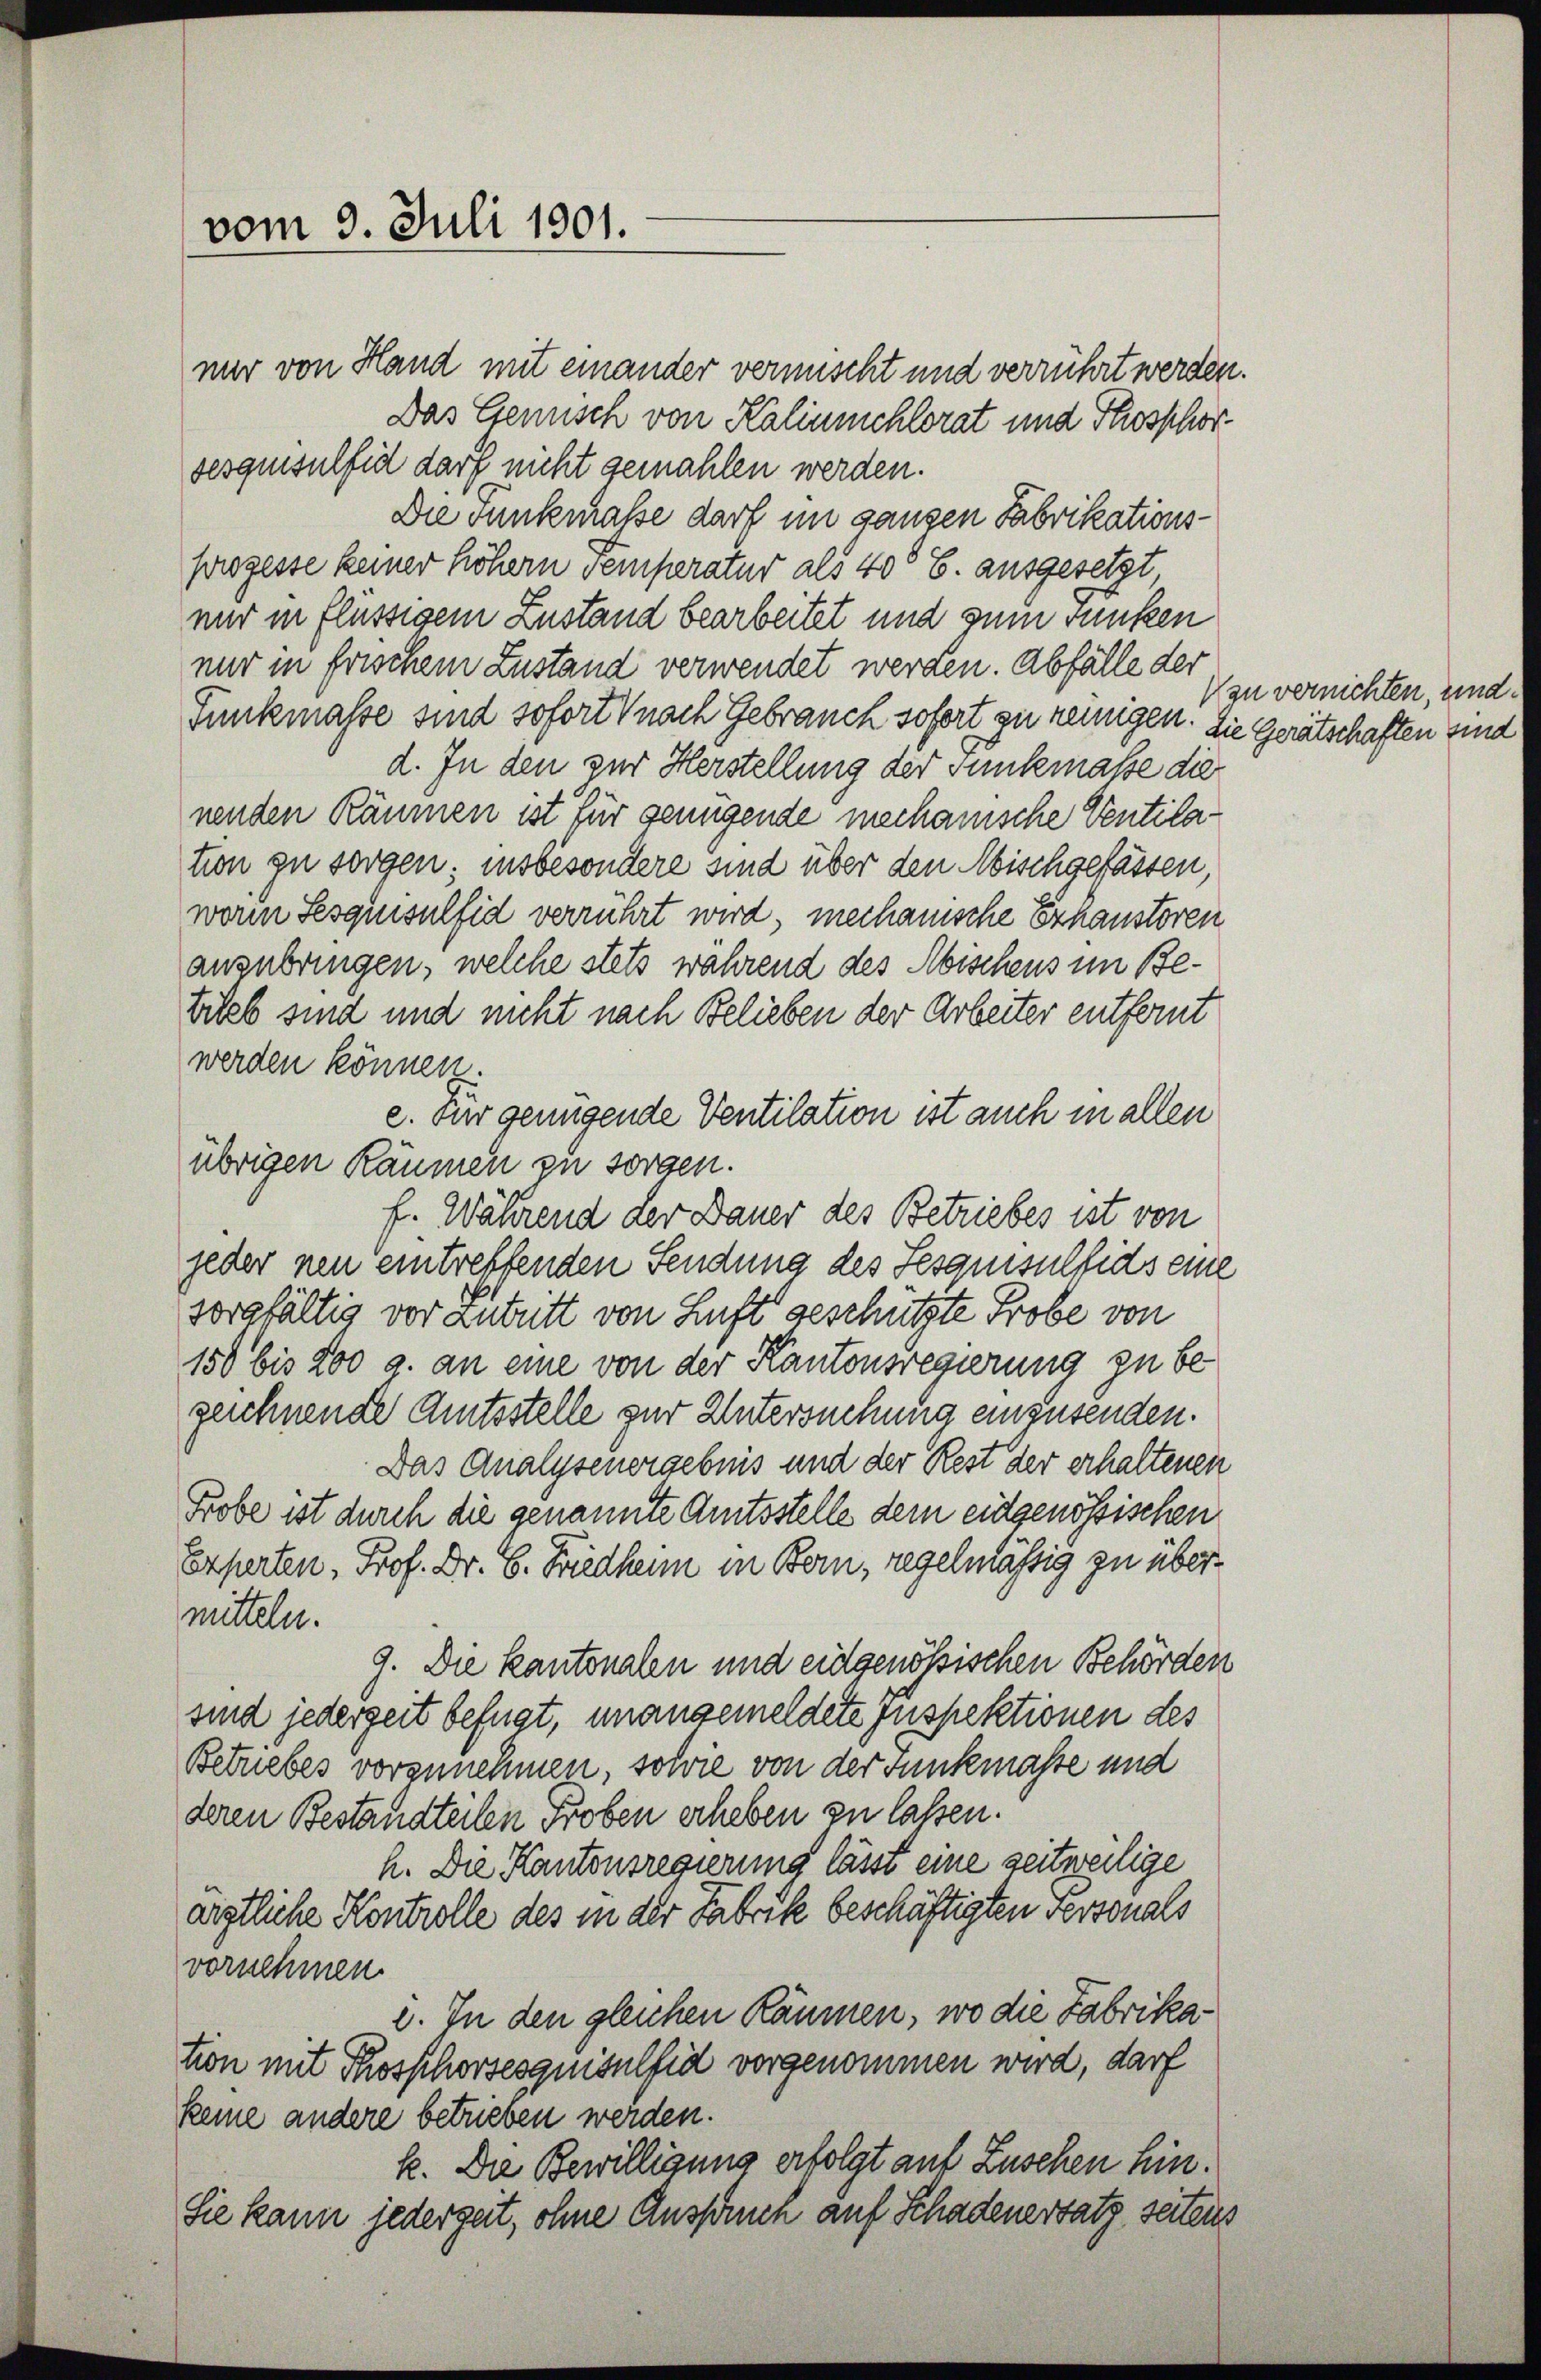
vom 9. Juli 1901.

mir von Hand mit einander vermischt und verrührt werden.
Das Gemisch von Kaliumchlorat und Thosphorsesquisulfid darf nicht gemahlen werden.
Die vunkmasse darf im ganzen Fabrikationsprozesse keiner höhern Temperatur als 40° E. ausgesetzt
nur in flüssigem Zustand bearbeitet und zum Funken
nur in frischem Zustand verwendet werden. Abfälle der
Tunkmasse sind sofort nach Gebrauch sofort zu reinigen. Die Gerätschaften sind
d. In den zur Herstellung der Tunkmasse die
nenden Räumen ist für genügende mechanische Ventilation zu sorgen; insbesondere sind über den Abischgefassen,
worin Sesquisulfid verrührt wird, mechanische Erhanstoren
anzubringen, welche stets während des Abischens im Bebiles sind und nicht nach Belieben der Arbeiter entfernt
werden können.
e. Für genügende Ventilation ist auch in allen
übrigen Räumen zu sorgen.
f. Während der Dauer des Betriebes ist von
jeder neu eintreffenden Sendung des Sesquisulhidseine
sorgfältig vor Zutritt von Luft geschützte Probe von
150 bis 200 g. an eine von der Kantonsregierung zu begeichnende Amtsstelle zur Untersuchung einzusenden.
Das Analysenergebnis und der Rest der erhaltenen
Probe ist durch die genannte Amtsstelle dem eidgenössischen
Experten, Prof. Dr. B. Friedhenn in Bern, regelmässig zu übermitteln.
9. Die kantonalen und eidgenössischen Behörden
sind jederzeit befugt, unangemeldete Inspektionen des
Betriebes vorzunehmen, sowie von der Tunkmasse und
deren Bestandteilen Proben erheben zu lassen.
h. Die Kantonsregierung lässt eine zeitweilige
ärztliche Kontrolle des in der Fabrik beschäftigten Personals
vornehmen.
i. In den gleichen Räumen, wo die Fabrikation mit Thosphorsesquisulfid vorgenommen wird, darf
keine andere betrieben werden.
k. Die Bewilligung erfolgt auf Zuschen hin¬
Sie kann jederzeit, ohne Anspruch auf Schadenersatz seitens

Kzu vernichten, und